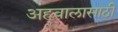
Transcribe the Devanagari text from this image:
अहवालासाठी